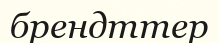
брендттер